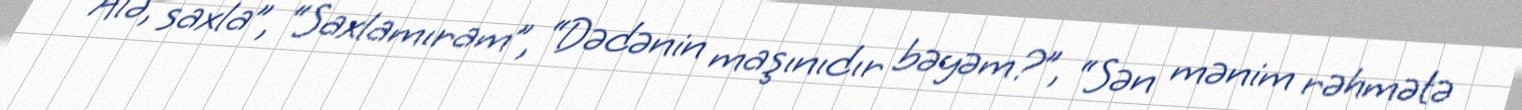
“Alə, saxla”, “Saxlamıram”, “Dədənin maşınıdır bəyəm?”, “Sən mənim rəhmətə